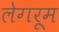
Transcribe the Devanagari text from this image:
लेगरूम